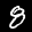
Label: 8